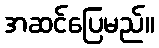
အဆင်ပြေမည်။